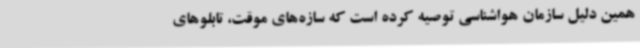
همین دلیل سازمان هواشناسی توصیه کرده است که سازه‌های موقت، تابلوهای